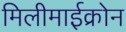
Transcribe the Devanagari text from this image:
मिलीमाईक्रोन